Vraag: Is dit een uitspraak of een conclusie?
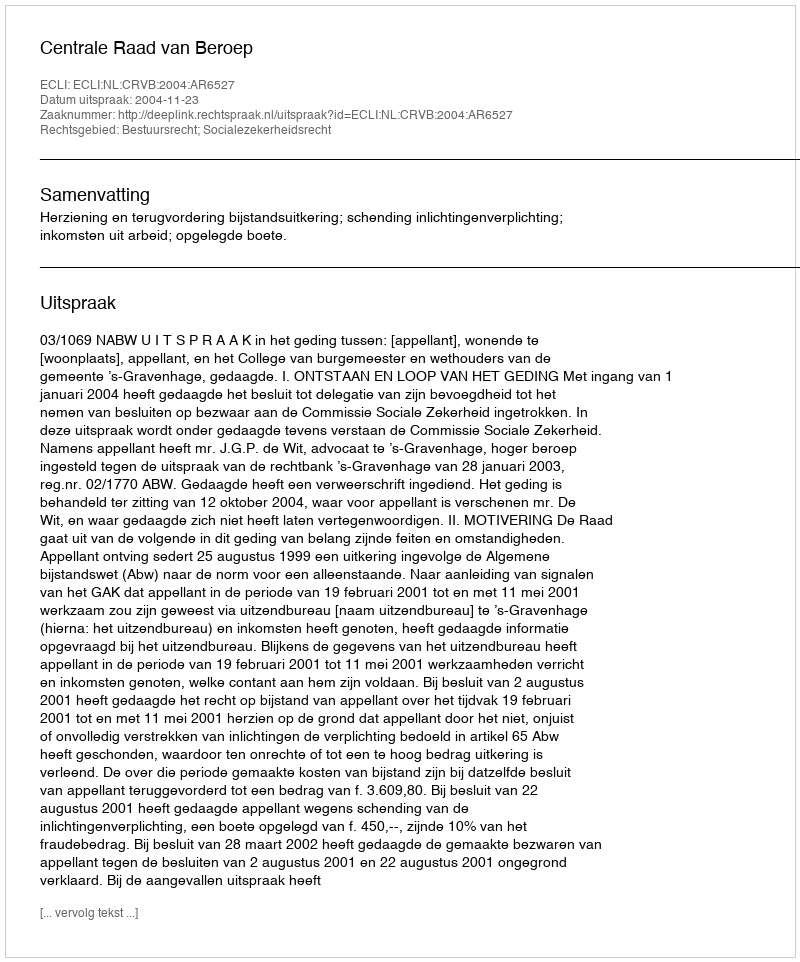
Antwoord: Uitspraak